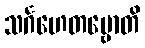
သင်္ဂဟေတဗ္ဗောတိ